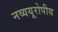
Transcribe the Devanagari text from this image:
नव्ययूरोपीय